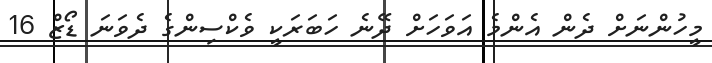
މީހުންނަށް ދެން އެންމެ އަވަހަށް ދޭނެ ހަބަރަކީ ވެކްސިންގެ ދެވަނަ ޑޯޒް 16